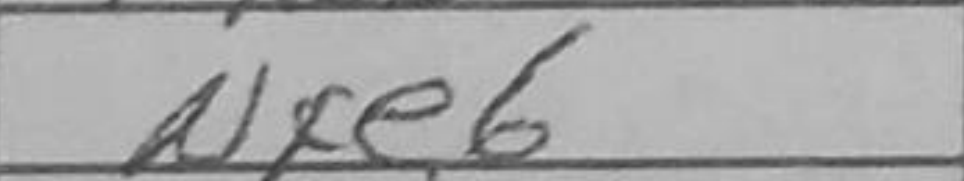
Transcription: Nxe6